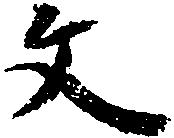
文